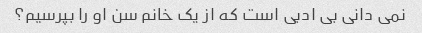
نمی دانی بی ادبی است که از یک خانم سن او را بپرسیم؟